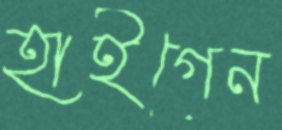
হাইগেন